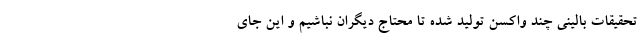
تحقیقات بالینی چند واکسن تولید شده تا محتاج دیگران نباشیم و این جای